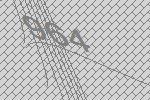
964